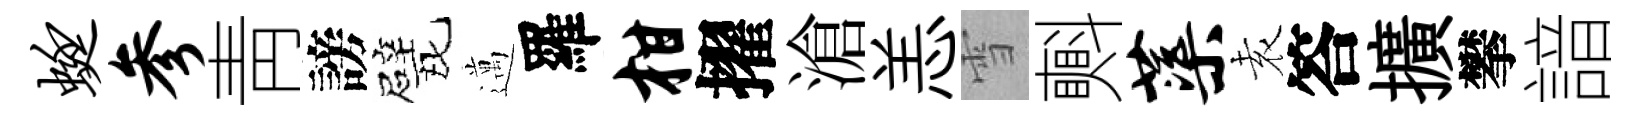
蜓参靑謗戏邁羅柑擢滄恙雪㪺蕖𡊮答擴攀諳